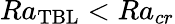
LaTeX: Ra_{\mathrm{TBL}}<Ra_{cr}